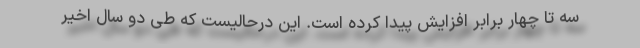
سه تا چهار برابر افزایش پیدا کرده است. این درحالیست که طی دو سال اخیر